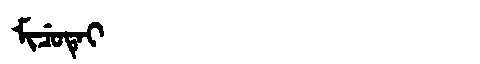
Manchu: ᠮᡳᠴᡠᡨᡝᡳ
Romanization: MICUTEI